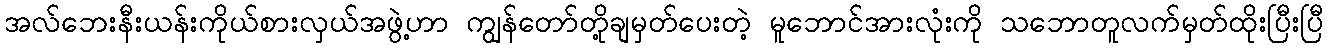
အလ်ဘေးနီးယန်းကိုယ်စားလှယ်အဖွဲ့ဟာ ကျွန်တော်တို့ချမှတ်ပေးတဲ့ မူဘောင်အားလုံးကို သဘောတူလက်မှတ်ထိုးပြီးပြီ